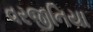
વરજીનિયા